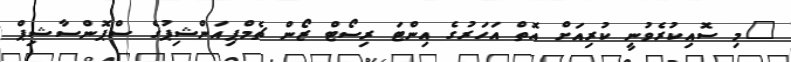
"މި ސޮއިކުރެވުނީ ކުރިއަށް އޮތް އަހަރުގެ އިންޓަ ރިސޯޓް ޒޯން ޗެމްޕިއަންޝިޕުގެ ސްޕޮންސާޝިޕް